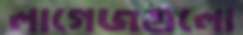
লাগেজগুলো